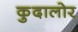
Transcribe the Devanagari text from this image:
कुदालोर